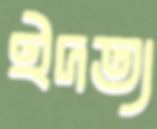
ইদত্য